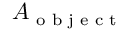
A _ { \textrm { o b j e c t } }